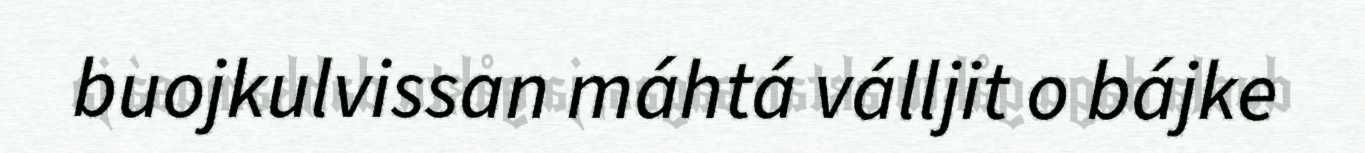
buojkulvissan máhtá válljit o bájke